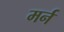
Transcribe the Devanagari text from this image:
मर्न